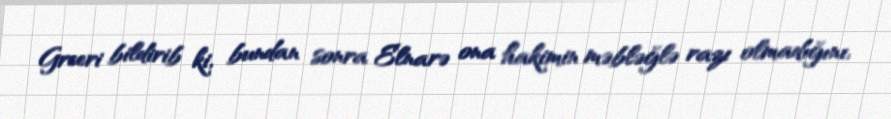
Greeri bildirib ki, bundan sonra Elnarə ona hakimin məbləğlə razı olmadığını,